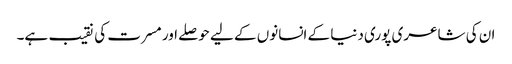
ان کی شاعری پوری دنیا کے انسانوں کے لیے حوصلے اور مسرت کی نقیب ہے۔